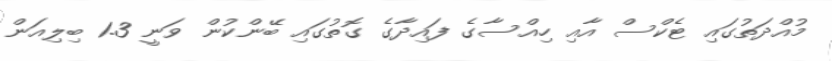
މުއްދަތުގައި ޓެކްސް އާއި ހިއްސާގެ ފައިދާގެ ގޮތުގައި ބޭންކުން ވަނީ 1.3 ބިލިއަން